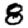
Digit: 8